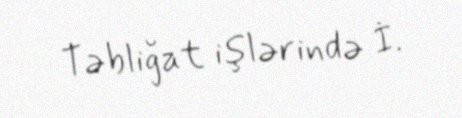
Təbliğat işlərində İ.